Report of an investigation of the epidemic of malarial fever in Assam, or, kala-azar
Disease focus: Malaria
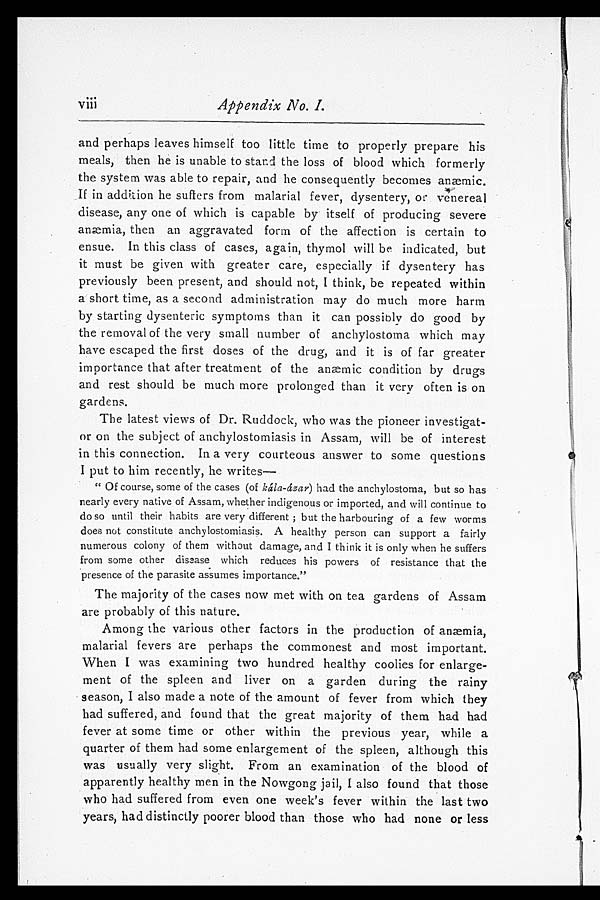
Appendix No. I.
and perhaps leaves himself too little time to properly prepare his
meals, then he is unable to stand the loss of blood which formerly
the system was able to repair, and he consequently becomes anæmic.
If in addition he suffers from malarial fever, dysentery, or venereal
disease, any one of which is capable by itself of producing severe
anæmia, then an aggravated form of the affection is certain to
ensue. In this class of cases, again, thymol will be indicated, but
it must be given with greater care, especially if dysentery has
previously been present, and should not, I think, be repeated within
a short time, as a second administration may do much more harm
by starting dysenteric symptoms than it can possibly do good by
the removal of the very small number of anchylostoma which may
have escaped the first doses of the drug, and it is of far greater
importance that after treatment of the anæmic condition by drugs
and rest should be much more prolonged than it very often is on
gardens.
The latest views of Dr. Ruddock, who was the pioneer investigat
-or on the subject of anchylostomiasis in Assam, will be of interest
in this connection. In a very courteous answer to some questions
I put to him recently, he writes
—
"Of course, some of the cases (of kála-ázar) had the anchylostoma, but so has
nearly every native of Assam, whether indigenous or imported, and will continue to
do so until their habits are very different; but the harbouring of a few worms
does not constitute anchylostomiasis. A healthy person can support a fairly
numerous colony of them without damage, and I think it is only when he suffers
from some other disease which reduces his powers of resistance that the
presence of the parasite assumes importance."
The majority of the cases now met with on tea gardens of Assam
are probably of this nature.
Among the various other factors in the production of anæmia,
malarial fevers are perhaps the commonest and most important.
When I was examining two hundred healthy coolies for enlarge
-ment of the spleen and liver on a garden during the rainy
season, I also made a note of the amount of fever from which they
had suffered, and found that the great majority of them had had
fever at some time or other within the previous year, while a
quarter of them had some enlargement of the spleen, although this
was usually very slight. From an examination of the blood of
apparently healthy men in the Nowgong jail, I also found that those
who had suffered from even one week's fever within the last two
years, had distinctly poorer blood than those who had none or less